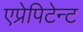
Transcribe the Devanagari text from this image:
एप्रेपिटेन्ट